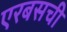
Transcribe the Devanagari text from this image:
एरबसची